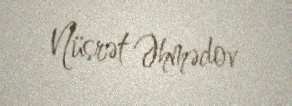
Nüsrət Əhmədov